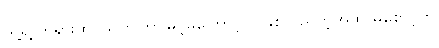
သူ့ရဲ့ တရားထိုင်သက်ကြာမြင့်မှုကြောင့် ၂ နှစ်လည်တဲ့အထိ မစောင့်ဘဲ